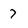
Character: 7